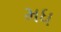
મધ